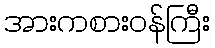
အားကစားဝန်ကြီး